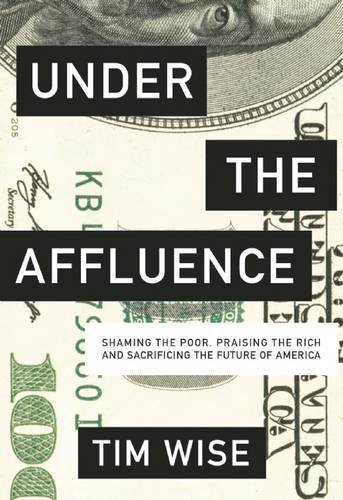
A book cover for Under the Affluence: Shaming the Poor, Praising the Rich and Sacrificing the Future of America (City Lights Open Media); Tim Wise; History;